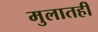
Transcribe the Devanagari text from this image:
मुलातही